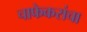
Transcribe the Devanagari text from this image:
चाफेकरांचा